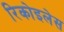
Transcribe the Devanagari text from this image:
रिकोइलेस